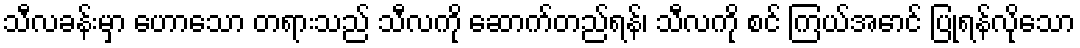
သီလခန်းမှာ ဟောသော တရားသည် သီလကို ဆောက်တည်ရန်၊ သီလကို စင် ကြယ်အောင် ပြုရန်လိုသော